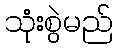
သုံးစွဲမည်